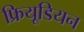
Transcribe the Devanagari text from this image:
फ्रियूडियन